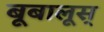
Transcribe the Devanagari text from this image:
बूबालूस्